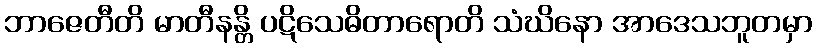
ဘာဇေတီတိ မာတီနန္တိ ပဋိသေဓိတာရောတိ သံဃိနော အာဒေသဘူတမှာ